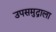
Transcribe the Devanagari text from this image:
उपसमुद्राला